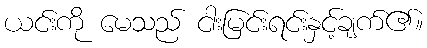
ယင်းကို မေသည် ငါးမြင်းရင်းနှင့်ချက်၏။